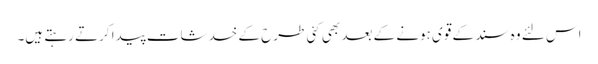
اس لئے وہ سند کے قوی ہونے کے بعد بھی کئی طرح کے خدشات پیدا کرتے رہتے ہیں۔